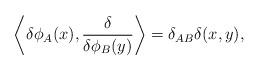
LaTeX: \begin{align*}\left\langle\delta\phi_A(x),{{\delta}\over{\delta\phi_B(y)}}\right\rangle=\delta_{AB}\delta(x,y),\end{align*}